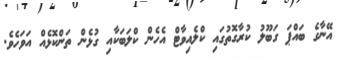
އޭނާގެ ބައްޕަ ގަބޫލު ކުރާގޮތުގައި ކްލެއިވާޓް އެހެން ކްލަބަކާއި ގުޅެން ތަންކޮޅެއް އަވަހެވެ.